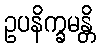
ဥပနိက္ခမန္တိ